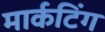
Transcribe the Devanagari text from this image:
मार्कटिंग